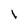
Character: 1